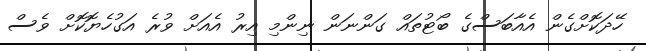
ހޭދަކޮށްގެން އެއާބަސްގެ ބޯޓުތައް ގަންނަން ނިންމި އިރު އެއަށް ވުރެ އަގުހެޔޮކޮށް ވެސް